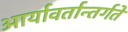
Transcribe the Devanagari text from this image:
आर्यावर्तान्तर्गते